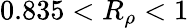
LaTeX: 0.835<R_{\rho}<1